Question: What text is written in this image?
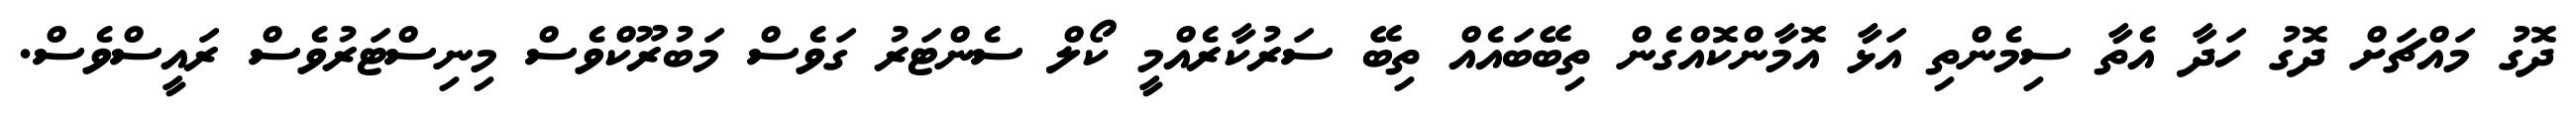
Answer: ދޮގު މައްޗަށް ދޮގު ހަދާ އެތާ ސިމެންތި އަޅާ އޮމާންކޮއްގެން ތިބޭބައެއް ތިބޭ ސަރުކާރެއްމީ ކޯލް ސެންޓަރު ގަވެސް މަބުރޫކްވެސް މިނިސްޓަރުވެސް ރައީސްވެސް.